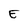
Character: E